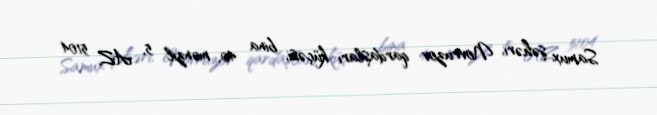
Samux şəhəri, Novruzov qardaşları küçəsi, bina 40, mənzil 5, AZ 5104